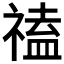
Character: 𥛐